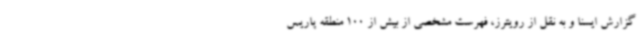
گزارش ایسنا و به نقل از رویترز، فهرست مشخصی از بیش از 100 منطقه پاریس